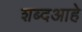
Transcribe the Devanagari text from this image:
शब्दआहे